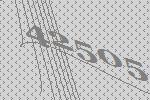
42505